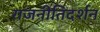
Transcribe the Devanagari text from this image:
राजनीतिदर्शन